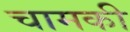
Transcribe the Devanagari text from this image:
चामकी